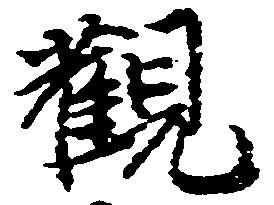
観